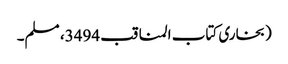
(بخاری کتاب المناقب 3494، مسلم۔